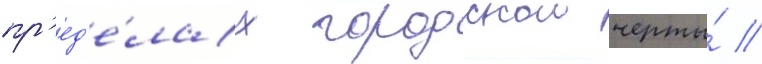
пр'ед'е́лах городскои черты́ //